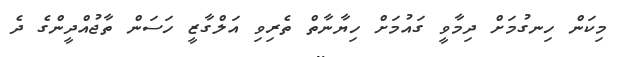
މިކަން ހިނގުމަށް ދިމާވީ ގައުމަށް ހިޔާނާތް ތެރިވި އަލްގާޒީ ހަސަން ތާޖުއްދީންގެ ދެ